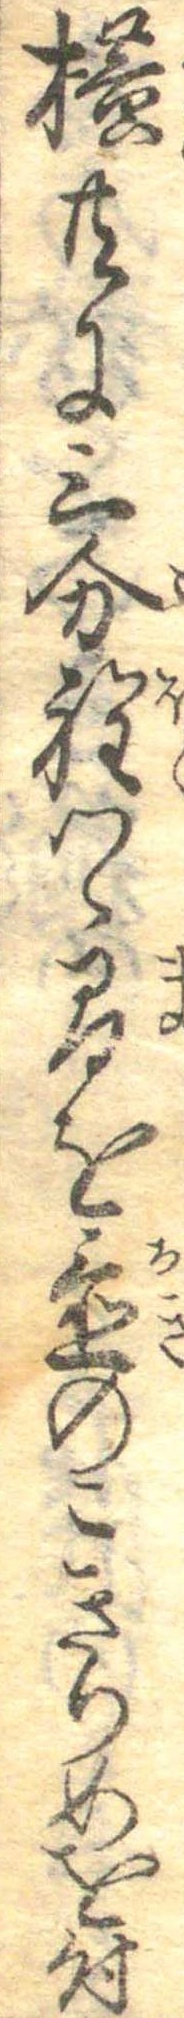
横共に三分程つゝ間を置のこきりめを付